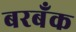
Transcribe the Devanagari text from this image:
बरबँक